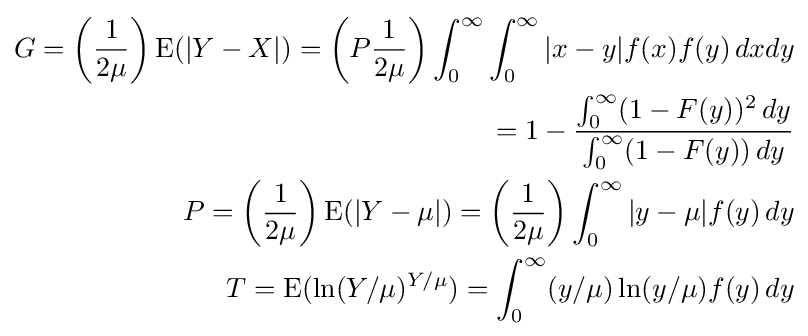
{\begin{aligned}G=\left({\frac {1}{2\mu }}\right)\operatorname {E} (|Y-X|)=\left(P{\frac {1}{2\mu }}\right)\int _{0}^{\infty }\int _{0}^{\infty }|x-y|f(x)f(y)\,dxdy\\=1-{\frac {\int _{0}^{\infty }(1-F(y))^{2}\,dy}{\int _{0}^{\infty }(1-F(y))\,dy}}\\P=\left({\frac {1}{2\mu }}\right)\operatorname {E} (|Y-\mu |)=\left({\frac {1}{2\mu }}\right)\int _{0}^{\infty }|y-\mu |f(y)\,dy\\T=\operatorname {E} (\ln(Y/\mu )^{Y/\mu })=\int _{0}^{\infty }(y/\mu )\ln(y/\mu )f(y)\,dy\end{aligned}}